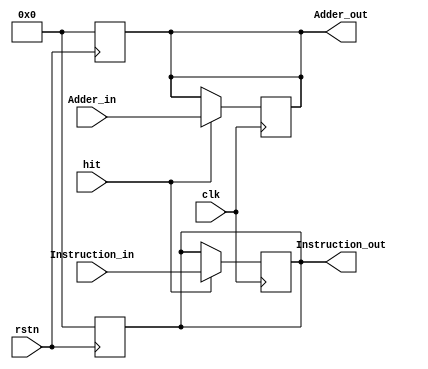
`timescale 1ns / 1ps

module IFID(Adder_in,
                   Instruction_in,
                   Adder_out,
                   Instruction_out,
                   hit,
                   clk,
                   rstn);
   input [31:0] Adder_in;
   input [31:0] Instruction_in;
   input hit, clk, rstn;
   
   output reg [31:0] Adder_out;
   output reg [31:0] Instruction_out;
   
   always @(negedge rstn) begin
       Instruction_out = 0;
       Adder_out = 0;
   end

   always @(negedge clk) begin
       if (hit) begin
           Adder_out = Adder_in;
           Instruction_out = Instruction_in;
       end
   end

endmodule // main